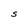
Character: S